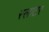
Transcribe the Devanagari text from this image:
स्‍लाटर